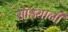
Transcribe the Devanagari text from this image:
साड्यानी